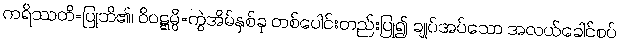
ကရိဿတိ=ပြုဘိ၏၊ ဝိဝဋ္ဋမ္ပိ=ကွဲအိမ်နှစ်ခု တစ်ပေါင်းတည်းပြု၍ ချုပ်အပ်သော အလယ်ခေါင်စပ်